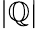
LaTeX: \left|\mathbb{Q}\right|